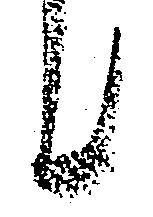
候